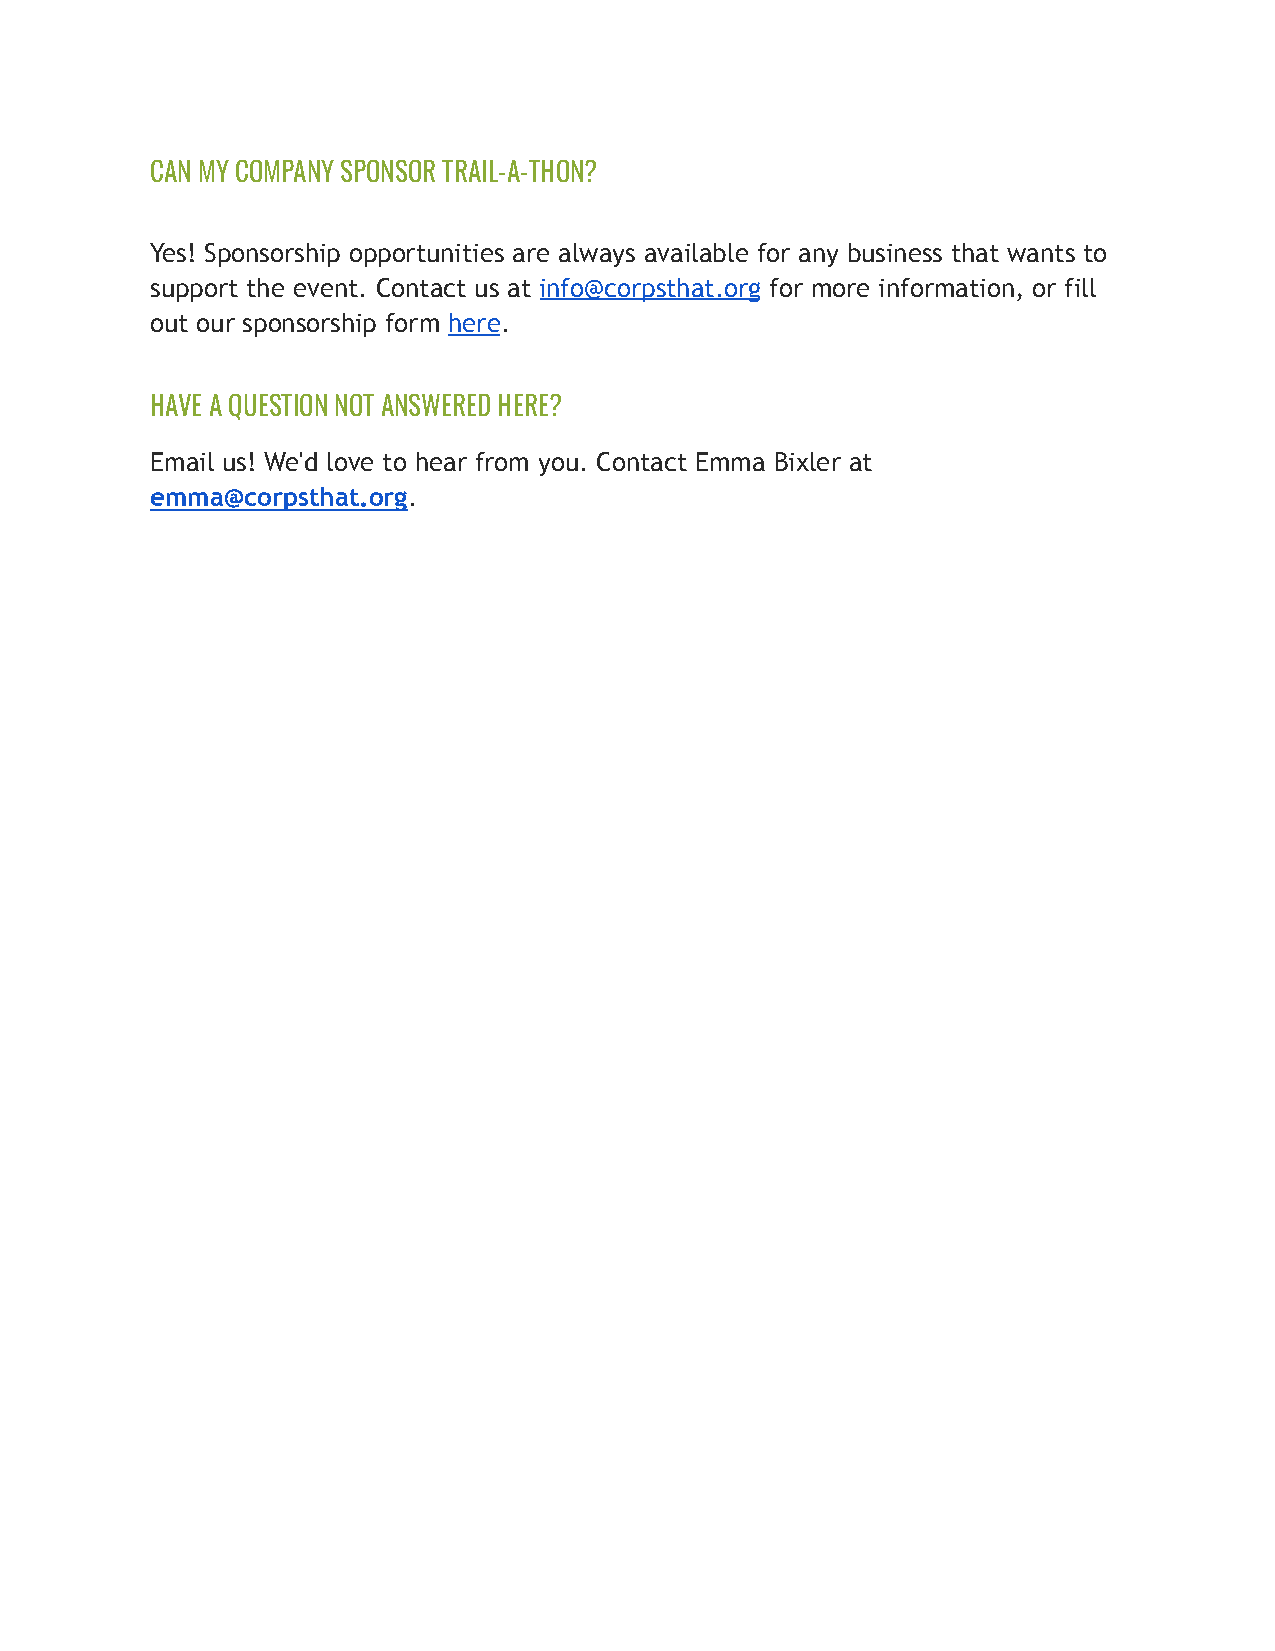
CAN MY COMPANY SPONSOR TRAIL-A-THON?
 Yes! Sponsorship opportunities are always available for any business that wants to
 support the event. Contact us at info@corpsthat.org for more information, or fill
 out our sponsorship form here.
 HAVE A QUESTION NOT ANSWERED HERE?
 Email us! We'd love to hear from you. Contact Emma Bixler at
 emma@corpsthat.org.